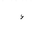
Letter: _hamza